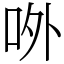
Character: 𠰻